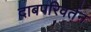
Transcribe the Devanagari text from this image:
दाबपरिवर्तन